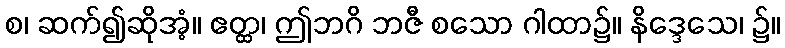
စ၊ ဆက်၍ဆိုအံ့။ ဧတ္ထ၊ ဤဘဂိ ဘဇီ စသော ဂါထာ၌။ နိဒ္ဒေသေ၊ ၌။